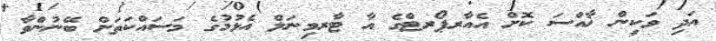
އަދި ވަކިން ޚާއްސަ ކޮށް އެއާރޕޯރޓްގެ އާ ޓާރމިނަލް އެޅުމުގެ މަސައްކަތަށް ބޭނުންވާ